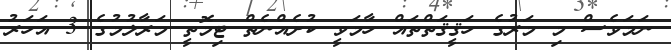
ނަމަވެސް މި މަރުގެ ހަޤީޤަތްތައް ހާމަވީ ކުށެއްނެތް ޓިމޮތީ މަރާލުމުގެ 3 އަހަރު